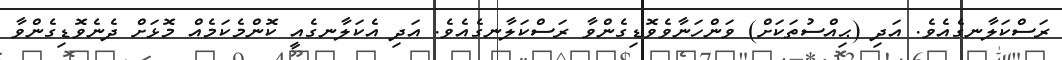
ރަސްކަލާނގެއެވެ. އަދި (ޙިއްސުތަކަށް) ވަންހަނާވެވޮޑިގެންވާ ރަސްކަލާނގެއެވެ. އަދި އެކަލާނގެއީ ކޮންމެކަމެއް މޮޅަށް ދެނެވޮޑިގެންވާ